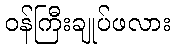
ဝန်ကြီးချုပ်ဖလား